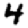
Digit: 4